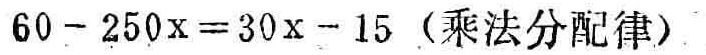
\(60 - 250x = 30x - 15\)（乘法分配律）